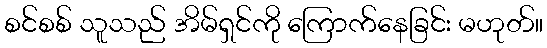
စင်စစ် သူသည် အိမ်ရှင်ကို ကြောက်နေခြင်း မဟုတ်။